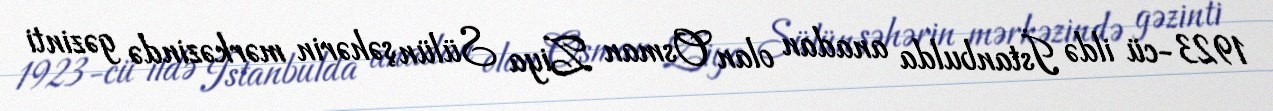
1923-cü ildə İstanbulda anadan olan Osman Ziya Sülün şəhərin mərkəzində gəzinti